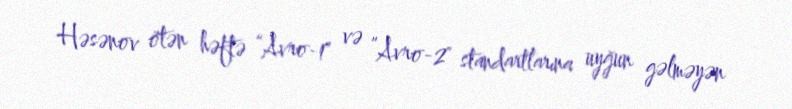
Həsənov ötən həftə “Avro-1" və ”Avro-2" standartlarına uyğun gəlməyən